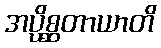
အပ္ပိစ္ဆတာယာတိ